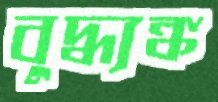
বুদ্ধ্যঙ্ক